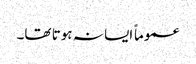
عموماً ایسا نہ ہوتا تھا۔